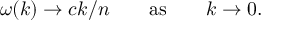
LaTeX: \omega ( k ) \to c k / n \qquad \mathrm { a s } \qquad k \to 0 .